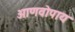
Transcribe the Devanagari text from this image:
आणवोपाय